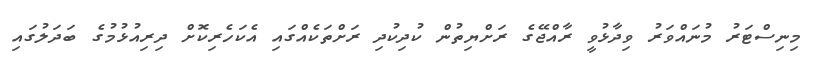
މިނިސްޓަރު މުނައްވަރު ވިދާޅުވީ ރާއްޖޭގެ ރަށްޔިތުން ކުދިކުދި ރަށްތަކެއްގައި އެކަހެރިކޮށް ދިރިއުޅުމުގެ ބަދަލުގައި